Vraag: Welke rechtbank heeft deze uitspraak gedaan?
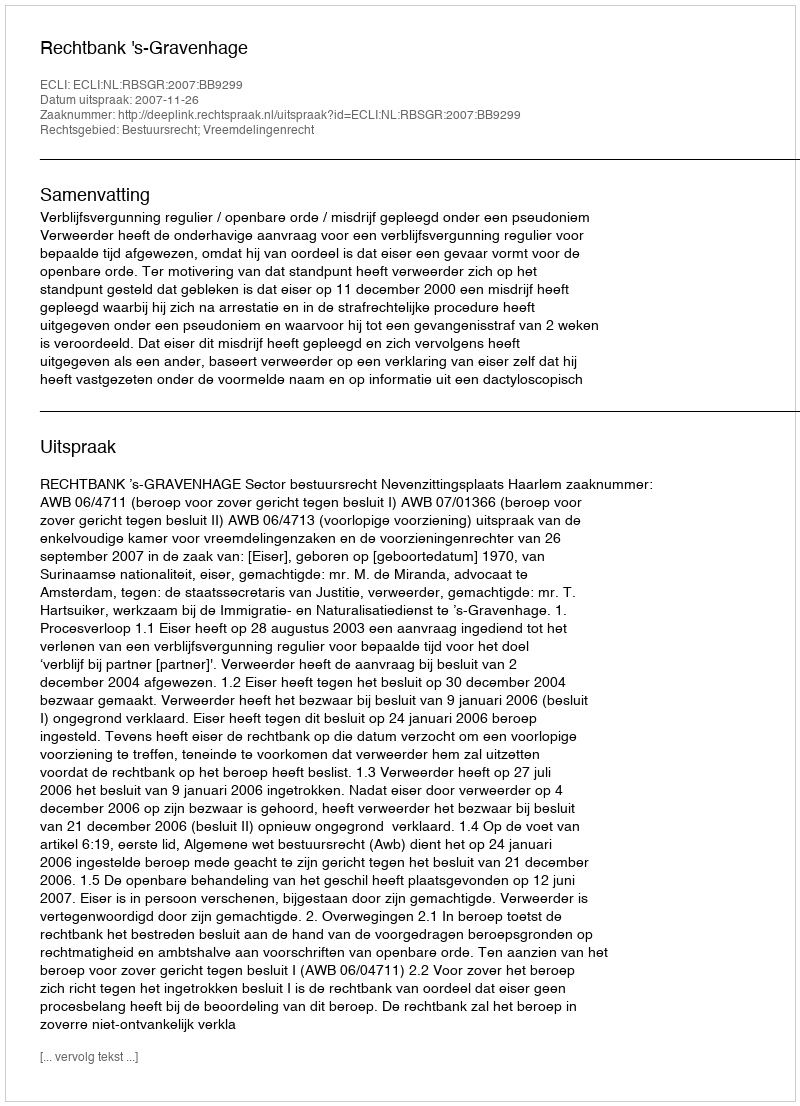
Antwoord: Rechtbank 's-Gravenhage